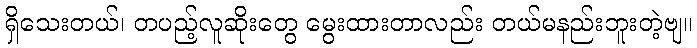
ရှိသေးတယ်၊ တပည့်လူဆိုးတွေ မွေးထားတာလည်း တယ်မနည်းဘူးတဲ့ဗျ။